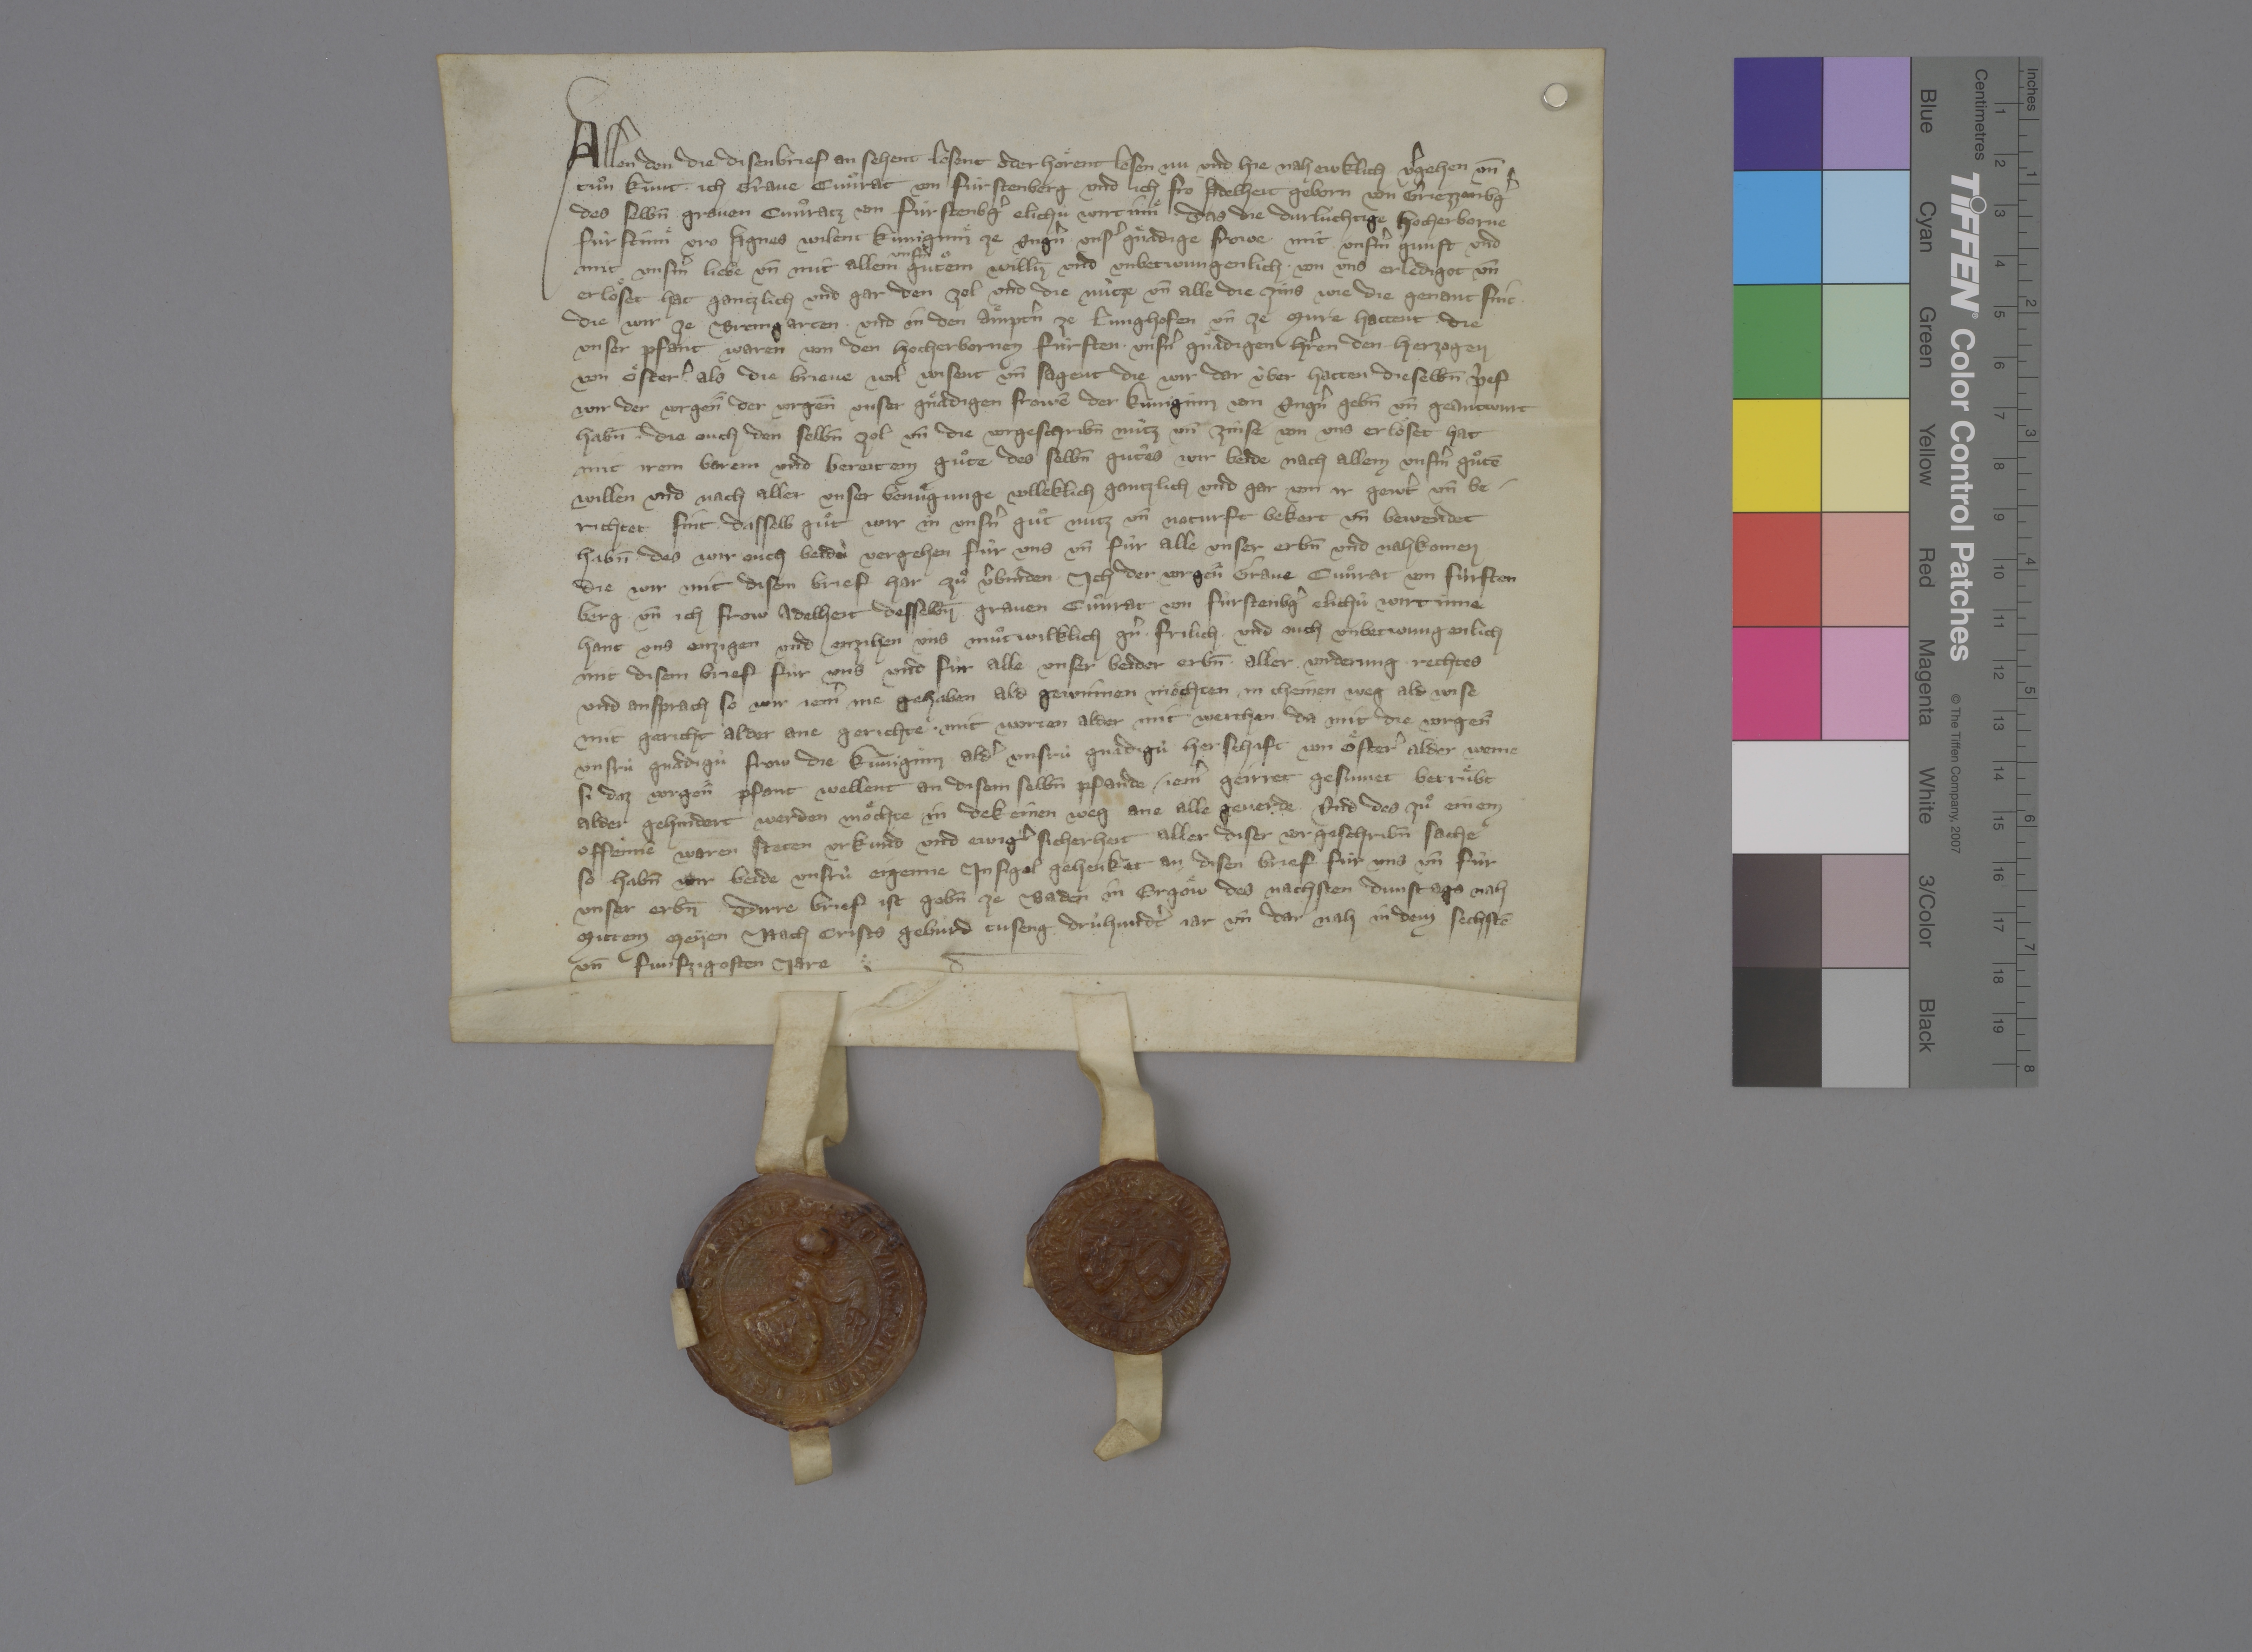
Transcription:
Allen den, die disen brief an sehent, lesent oder hoͤrent lesen, nu und hie nah ewklich, vˀgehen un̄
tuͦn kunt ✳ ich, grave Cuͦnrat von Fùrstenberg, ✳ und ich, fro Adelheit, geborn von Griezzenbgˀ,
des selbn̄ graven Cuͦnratz von Fùrstenbgˀ elichù wirtinnͤ, ✳ das die durlùchtige, hocherborne
fùrstinnͤ, vro Agnes, wilent kùniginnͤ ze Ungˀn, unsˀ gnaͤdige frowe, mit unsˀm gunst und
mit unsˀm liebe un̄ mit allem
unsˀm
guͦtem willn̄ und unbetwungenlich ✳ von uns erledigot un̄
erloͤset hat gantzlich und gar den zol und die nùtze un̄ alle die zins, wie die genant sint, ✳
die wir ze Bremgarten ✳ und in den aͤmptˀn ze Lunghofen un̄ ze Mure hattent, ✳ die
unser pfant waren von den hocherbornen fùrsten, ✳ unsnˀ gnaͤdigen hˀren, den herzogen
von Oͤsterˀ, als die brieve wol wisent un̄ sagent, die wir dar ùber hatten. ✳ dieselb̄n pˀef
wir der vorgen̄̄ der vorgen̄ unser gnaͤdigen frowē, der kùniginn von Ungˀn, geb̄n un̄ geantwurt
habn̄, ✳ die ouch den selbn̄ zol un̄ die vorgeschribn̄ nùtz un̄ zinse von uns erloͤset hat
mit irem barem und bereitem guͦte, des selbn̄ guͦtes wir beide nach allem unsmˀ guͦtē
willen und nach aller unser benuͤgunge volleklich, gantzlich und gar von ir gewˀt un̄ be¬
richtet sint. ✳ dasselb guͦt wir in unsnˀ guͦt nutz un̄ noturft bekert un̄ bewendet
habn̄, des wir ouch beidù vergehen fûr uns un̄ fûr alle unser erbn̄ und nahkomen,
die wir mit disem brief har zuͦ vˀbinden. ✳ ich, der vorgen̄̄ grave Cuͦnrat von Fùrsten-
berg, ✳ un̄ ich, frow Adelheit, desselbn̄ graven Cuͦnrat von Fùrstenbgˀ elichû wirtinne,
hant uns enzigen und enzihen ùns muͦtwilklich, gˀn, ✳ frilich ✳ und ouch unbetwungenlich
mit disem brief fùr uns und fùr alle unser beider erbn̄ ✳ aller ✳ vorderung, ✳ rechtes
und ansprach, so wir jemˀ ine gehaben ald gewinnen moͤchten in cheinen weg ald wise,
mit gericht alder ane gerichte, ✳ mit worten alder mit werchen, ✳ da mit die vorgen̄̄
unsrù gnadigù frow, die kùniginn, aldˀ unsrù gnadigù herschaft von Oͤsterˀ, alder wenne
si daz vorgen̄̄ pfant wellent, an disem selbn̄ pfande ✳ jemˀ geirret, gesumet, betruͤbt
alder gehindert werden moͤchte in dekeinen weg, ane alle geverde. ✳ und des zuͦ einem
offennē, waren, steten urkund und ewigˀ sicherheit aller diser vorgeschribn̄ sache,
so habn̄ wir beide unsrù eigenne insigel gehenket an disen brief fùr uns un̄ fùr
unser erbn̄. ✳ dirre brief ist gebn̄ ze Baden in Ergoͤw des nachsten dunstags nah
mittem meyen, nach Crists gebùrd tuseng drùhundtˀ jar un̄ dar nah in dem sechstē
un̄ funfzigosten jare. ✳